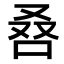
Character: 𠭀